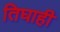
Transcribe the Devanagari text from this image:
तिघाही